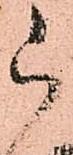
被